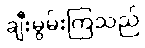
ချီးမွမ်းကြသည်